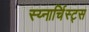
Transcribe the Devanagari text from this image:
स्य्नार्चिस्ट्स